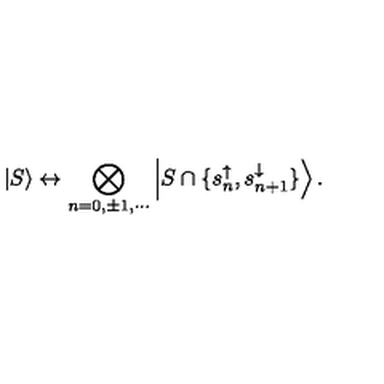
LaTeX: \left| S \right\rangle \leftrightarrow \bigotimes _ { n = 0 , \pm 1 , \cdots } \left| S \cap \{ s _ { n } ^ { \uparrow } , s _ { n + 1 } ^ { \downarrow } \} \right\rangle .